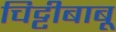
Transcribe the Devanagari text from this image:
चिट्टीबाबू